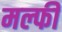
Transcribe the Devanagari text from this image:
मल्फी